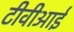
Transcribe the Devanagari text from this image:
टीवीआई